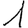
Digit: 1